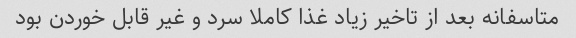
متاسفانه بعد از تاخیر زیاد غذا کاملا سرد و غیر قابل خوردن بود